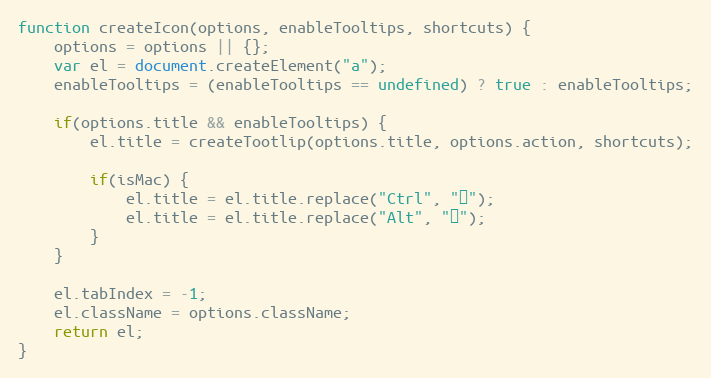
Language: JavaScript
function createIcon(options, enableTooltips, shortcuts) {
	options = options || {};
	var el = document.createElement("a");
	enableTooltips = (enableTooltips == undefined) ? true : enableTooltips;

	if(options.title && enableTooltips) {
		el.title = createTootlip(options.title, options.action, shortcuts);

		if(isMac) {
			el.title = el.title.replace("Ctrl", "⌘");
			el.title = el.title.replace("Alt", "⌥");
		}
	}

	el.tabIndex = -1;
	el.className = options.className;
	return el;
}